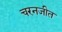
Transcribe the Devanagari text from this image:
चरनजीत